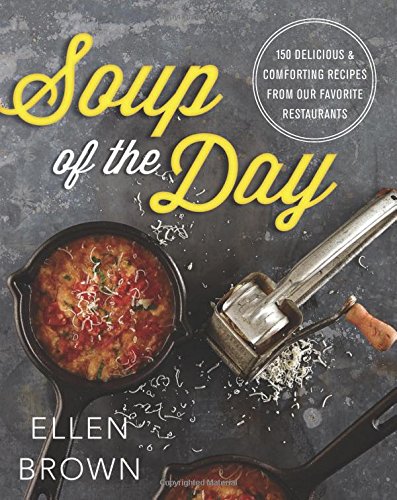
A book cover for Soup of the Day: 150 Delicious and Comforting Recipes from Our Favorite Restaurants; Ellen Brown; Cookbooks, Food & Wine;